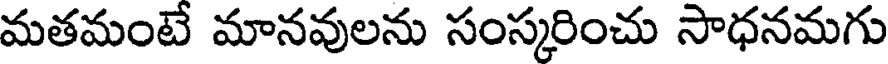
మతమంటే మానవులను సంస్కరించు సాధనమగు